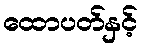
ထောပတ်နှင့်